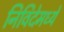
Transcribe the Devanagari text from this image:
निविदेमध्ये